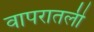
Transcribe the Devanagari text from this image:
वापरातली